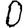
Digit: 0